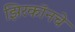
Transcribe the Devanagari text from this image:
झिरकॉनचे